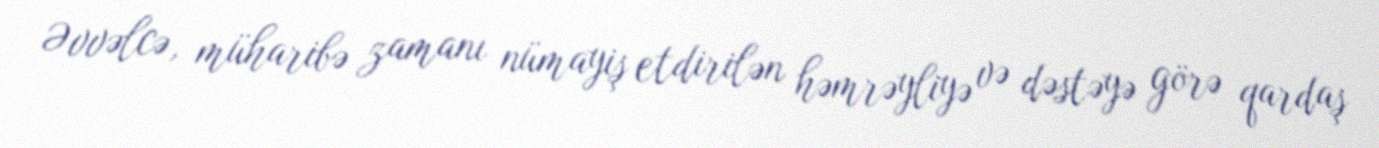
Əvvəlcə, müharibə zamanı nümayiş etdirilən həmrəyliyə və dəstəyə görə qardaş